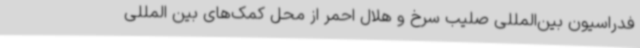
فدراسیون بین‌المللی صلیب سرخ و هلال احمر از محل کمک‌های بین المللی